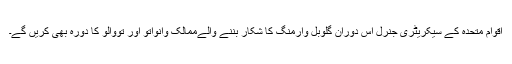
اقوام متحدہ کے سیکریٹری جنرل اس دوران گلوبل وارمنگ کا شکار بننے والےممالک وانواتو اور تووالو کا دورہ بھی کریں گے۔